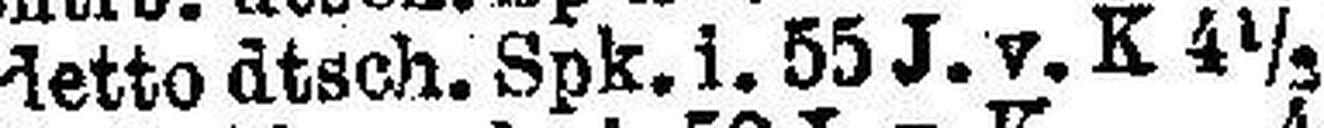
detto dtsch. Spk. i. 55 J. v. K 4½